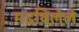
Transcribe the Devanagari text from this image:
मढविलेले